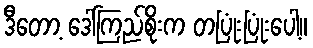
ဒီတော့ ဒေါ်ကြည်စိုးက တပြုံးပြုံးပေါ့။